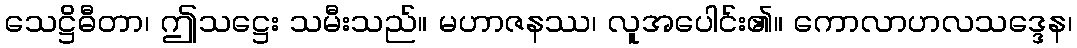
သေဋ္ဌိဓီတာ၊ ဤသဋ္ဌေး သမီးသည်။ မဟာဇနဿ၊ လူအပေါင်း၏။ ကောလာဟလသဒ္ဒေန၊